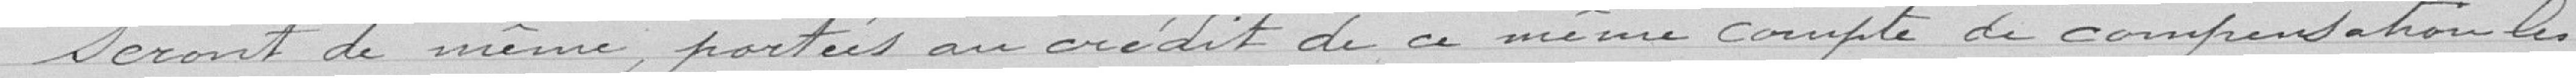
Seront de même portées au crédit de ce même compte de compensation les